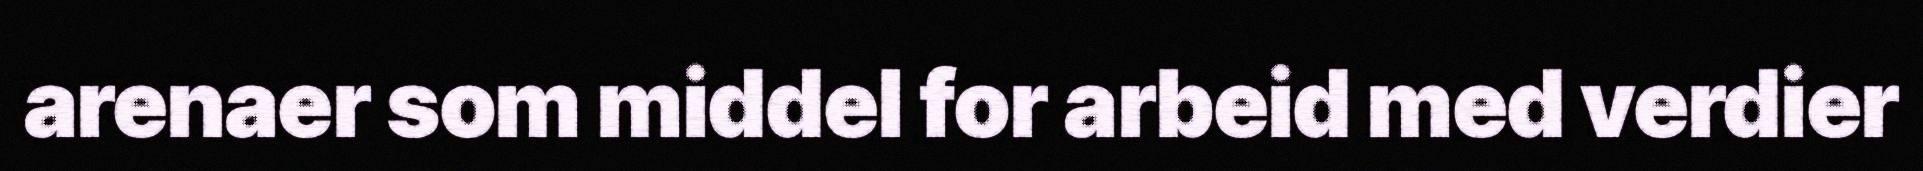
arenaer som middel for arbeid med verdier